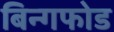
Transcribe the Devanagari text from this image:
बिन्गफोड